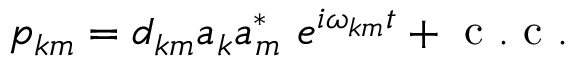
\begin{array} { r } { p _ { k m } = d _ { k m } a _ { k } a _ { m } ^ { * } \ e ^ { i \omega _ { k m } t } + \mathrm { ~ c ~ . ~ c ~ . ~ } } \end{array}